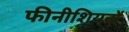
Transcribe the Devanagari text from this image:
फीनीशियनों